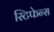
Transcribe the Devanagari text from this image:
स्टिफेन्स